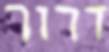
דרור